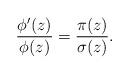
LaTeX: \begin{align*} \frac{\phi'(z)}{\phi(z)} = \frac{\pi(z)}{\sigma(z)}. \end{align*}